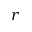
r